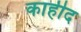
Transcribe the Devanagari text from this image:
काहीद